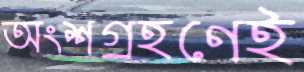
অংশগ্রহণেই